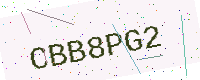
Text: CBB8PG2